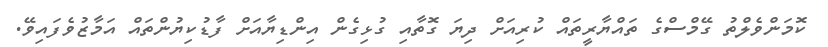
ކޮމަންވެލްތު ގޭމްސްގެ ތައްޔާރީތައް ކުރިއަށް ދިޔަ ގޮތާއި ގުޅިގެން އިންޑިޔާއަށް ފާޑުކިޔުންތައް އަމާޒުވެފައިވޭ.